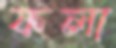
ফলা